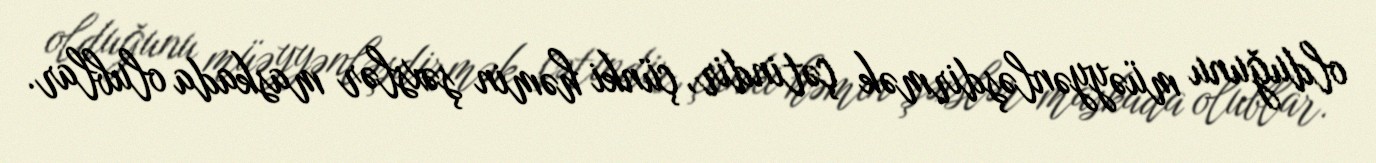
olduğunu müəyyənləşdirmək çətindir, çünki həmin şəxslər maskada olublar.